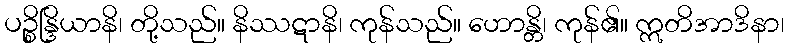
ပဉ္စိန္ဒြိယာနိ၊ တို့သည်။ နိဿဋာနိ၊ ကုန်သည်။ ဟောန္တိ၊ ကုန်၏။ ဣတိအာဒိနာ၊